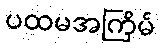
ပထမအကြိမ်